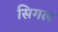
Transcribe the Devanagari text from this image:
सिगल